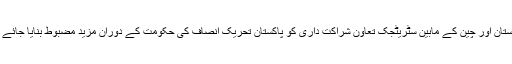
پاکستان اور چین کے مابین سٹریٹجک تعاون شراکت داری کو پاکستان تحریک انصاف کی حکومت کے دوران مزید مضبوط بنایا جائے گا۔